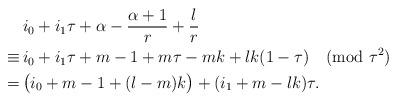
LaTeX: \begin{align*}&i_0+i_1\tau+\alpha-\frac{\alpha+1}r+\frac lr\cr\equiv\,&i_0+i_1\tau+m-1+m\tau-mk+lk(1-\tau)\pmod{\tau^2}\cr=\,&\bigl(i_0+m-1+(l-m)k\bigr)+(i_1+m-lk)\tau.\end{align*}